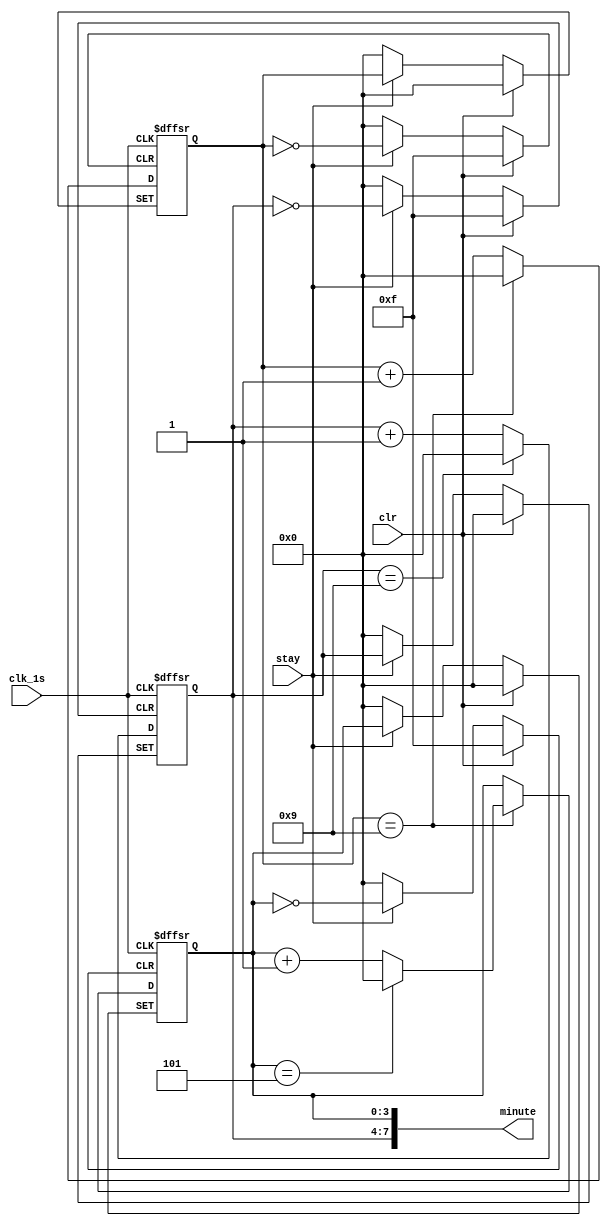
module second(clk_1s,clr,stay,minute);
input clk_1s,clr,stay;
reg[3:0] qa=4'b0000;
reg[3:0] qb=4'b0000;
reg [3:0] cnt=4'b0000;
output [7:0] minute;
assign minute={qa,qb};
always @ (posedge clk_1s,posedge clr,posedge stay)
begin 
if(clr) qa<=0;
else if (stay) qa<=qa;
else if (qa==4'b1001) qa<=0;
else qa<=qa+1;
end
always@(posedge clk_1s,posedge clr,posedge stay)
begin 
if(clr) begin cnt<=0;qb<=0; end
else if(stay)begin cnt<=cnt;qb<=qb;end 
else if(cnt==4'b1001) begin
	cnt<=4'b0;
	if(qb==4'b0101)
		 qb<=0;
	else qb<=qb+1;
	end
else cnt<=cnt+1;
end
endmodule